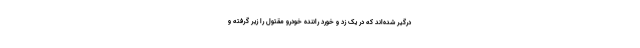
درگیر شده‌اند که در یک زد و خورد راننده خودرو مقتول را زیر گرفته و